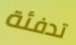
تدفئة